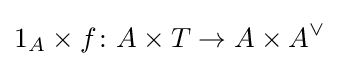
1_{A}\times f\colon A\times T\to A\times A^{\vee }